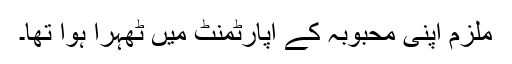
ملزم اپنی محبوبہ کے اپارٹمنٹ میں ٹھہرا ہوا تھا۔